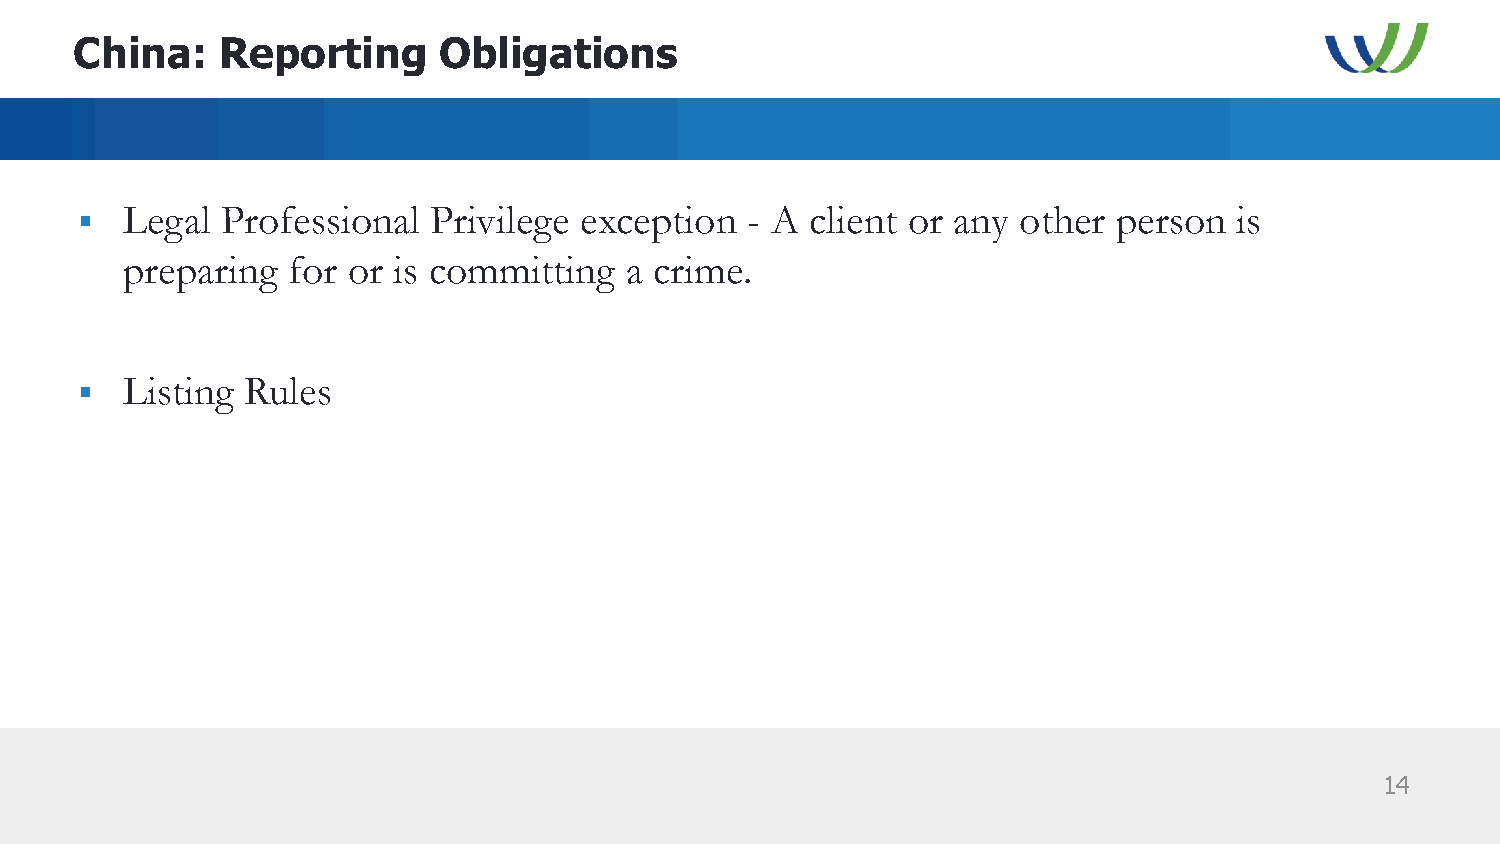
China:    Reporting     Obligations
 §  Legal  Professional Privilege exception  - A  client or any other person  is
 preparing  for or is committing  a crime.
 §  Listing Rules
 14